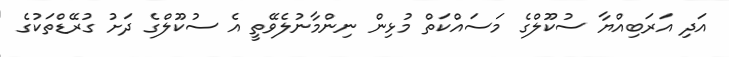
އަދި އަރަބިއްޔާ ސުކޫލްގެ މަސައްކަތް މުޅިން ނިންމާނުލެވޭތީ އެ ސުކޫލްގެ ދަށު ގުރޭޑްތަކުގެ